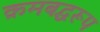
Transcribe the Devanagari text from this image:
क्रमबद्धरूप